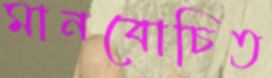
মানবোচিত